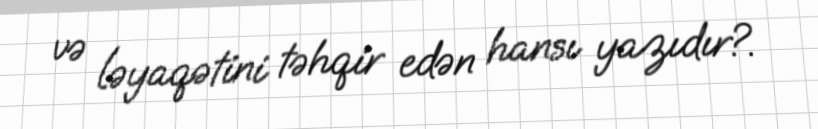
və ləyaqətini təhqir edən hansı yazıdır?.